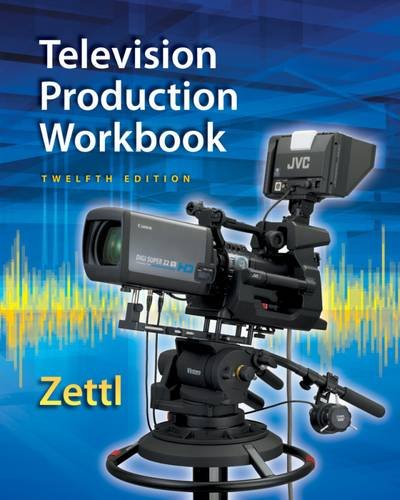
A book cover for Student Workbook for Zettl's Television Production Handbook, 12th (Broadcast and Production); Herbert Zettl; Humor & Entertainment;